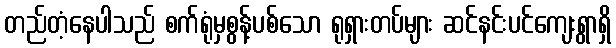
တည်တံ့နေပါသည် စက်ရုံမှစွန့်ပစ်သော ရုရှားတပ်များ ဆင်နင်းပင်ကျေးရွာရှိ